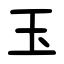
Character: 玉